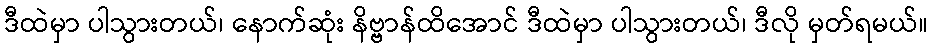
ဒီထဲမှာ ပါသွားတယ်၊ နောက်ဆုံး နိဗ္ဗာန်ထိအောင် ဒီထဲမှာ ပါသွားတယ်၊ ဒီလို မှတ်ရမယ်။